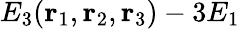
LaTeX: E_{3}(\mathbf{r}_{1},\mathbf{r}_{2},\mathbf{r}_{3})-3E_{1}